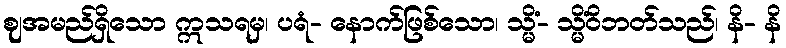
ဈအမည်ရှိသော ဣသရမှ၊ ပရံ- နောက်ဖြစ်သော၊ သ္မိံ- သ္မိံဝိဘတ်သည်၊ နိ- နိ